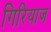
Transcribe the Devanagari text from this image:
गिरियाज